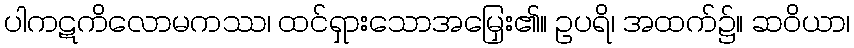
ပါကဋကိလောမကဿ၊ ထင်ရှားသောအမြှေး၏။ ဥပရိ၊ အထက်၌။ ဆဝိယာ၊